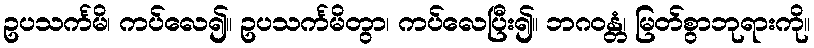
ဥပသင်္ကမိ၊ ကပ်လေ၍။ ဥပသင်္ကမိတွာ၊ ကပ်လေပြီး၍။ ဘဂဝန္တံ၊ မြတ်စွာဘုရားကို။